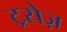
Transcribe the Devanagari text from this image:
ट्रसेज़